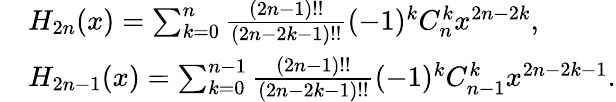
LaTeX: \begin{array}{rl}&{H_{2n}(x)=\sum_{k=0}^{n}\frac{(2n-1)!!}{(2n-2k-1)!!}(-1)^{k}C_{n}^{k}x^{2n-2k},}\\ &{H_{2n-1}(x)=\sum_{k=0}^{n-1}\frac{(2n-1)!!}{(2n-2k-1)!!}(-1)^{k}C_{n-1}^{k}x^{2n-2k-1}.}\end{array}